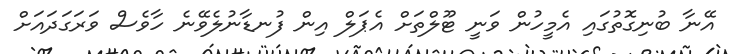
އޭނާ ބުނިގޮތުގައި އެމީހުން ވަނީ ޓޫލްތަށް އެޕަލް އިން ފުނޑާނުލެވޭނެ ހާވެސް ވަރަގަދައަށް